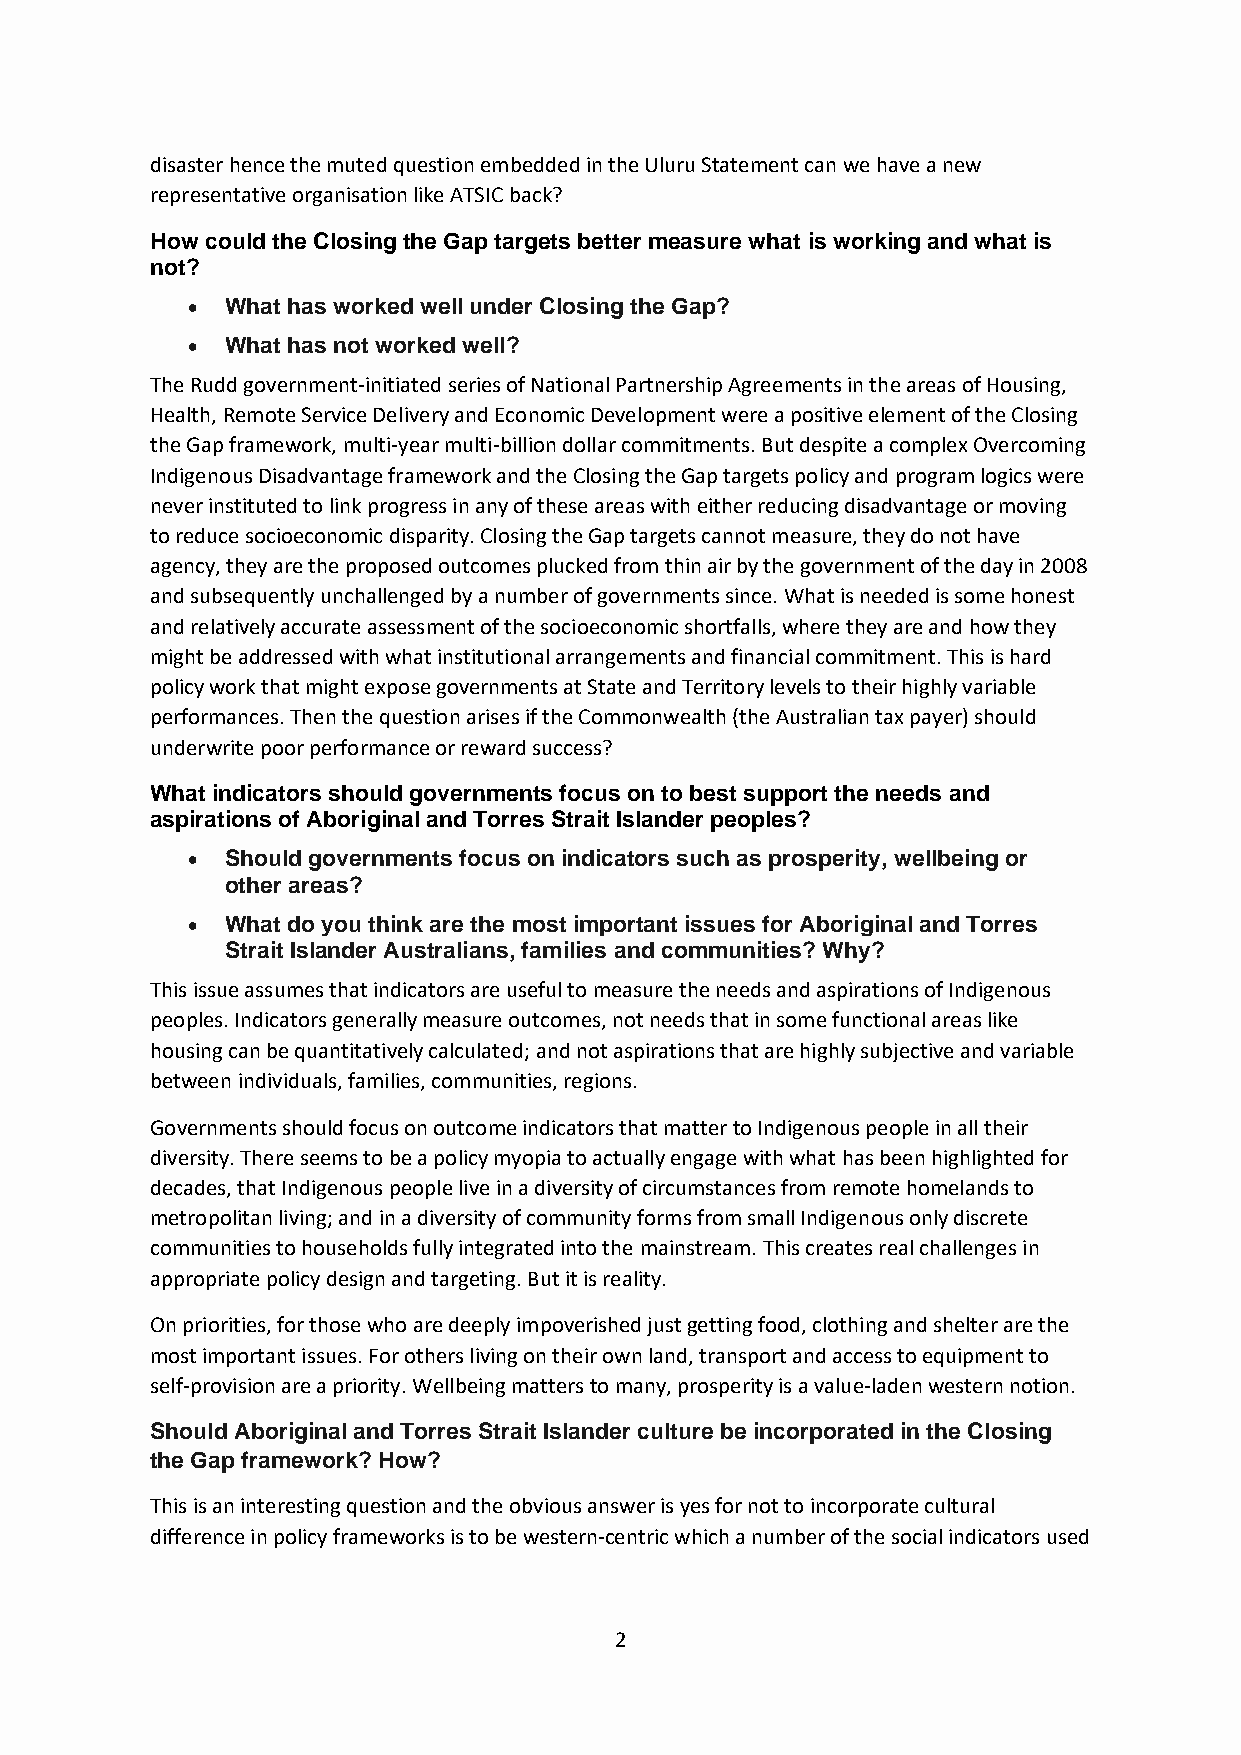
disaster hence the muted question embedded in the Uluru Statement can we have a new
 representative organisation like ATSIC back?
 How could the Closing the Gap targets better measure what is working and what is
 not?
 •  What has worked well under Closing the Gap?
 •  What has not worked well?
 The Rudd government-initiated series of National Partnership Agreements in the areas of Housing,
 Health, Remote Service Delivery and Economic Development were a positive element of the Closing
 the Gap framework, multi-year multi-billion dollar commitments. But despite a complex Overcoming
 Indigenous Disadvantage framework and the Closing the Gap targets policy and program logics were
 never instituted to link progress in any of these areas with either reducing disadvantage or moving
 to reduce socioeconomic disparity. Closing the Gap targets cannot measure, they do not have
 agency, they are the proposed outcomes plucked from thin air by the government of the day in 2008
 and subsequently unchallenged by a number of governments since. What is needed is some honest
 and relatively accurate assessment of the socioeconomic shortfalls, where they are and how they
 might be addressed with what institutional arrangements and financial commitment. This is hard
 policy work that might expose governments at State and Territory levels to their highly variable
 performances. Then the question arises if the Commonwealth (the Australian tax payer) should
 underwrite poor performance or reward success?
 What indicators should governments focus on to best support the needs and
 aspirations of Aboriginal and Torres Strait Islander peoples?
 •  Should governments focus on indicators such as prosperity, wellbeing or
 other areas?
 •  What do you think are the most important issues for Aboriginal and Torres
 Strait Islander Australians, families and communities? Why?
 This issue assumes that indicators are useful to measure the needs and aspirations of Indigenous
 peoples. Indicators generally measure outcomes, not needs that in some functional areas like
 housing can be quantitatively calculated; and not aspirations that are highly subjective and variable
 between individuals, families, communities, regions.
 Governments should focus on outcome indicators that matter to Indigenous people in all their
 diversity. There seems to be a policy myopia to actually engage with what has been highlighted for
 decades, that Indigenous people live in a diversity of circumstances from remote homelands to
 metropolitan living; and in a diversity of community forms from small Indigenous only discrete
 communities to households fully integrated into the mainstream. This creates real challenges in
 appropriate policy design and targeting. But it is reality.
 On priorities, for those who are deeply impoverished just getting food, clothing and shelter are the
 most important issues. For others living on their own land, transport and access to equipment to
 self-provision are a priority. Wellbeing matters to many, prosperity is a value-laden western notion.
 Should Aboriginal and Torres Strait Islander culture be incorporated in the Closing
 the Gap framework? How?
 This is an interesting question and the obvious answer is yes for not to incorporate cultural
 difference in policy frameworks is to be western-centric which a number of the social indicators used
 2